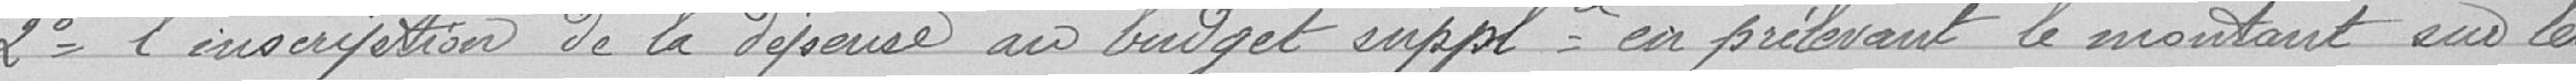
2°- l'inscription de la dépense au budget supplémentaire en prélevant le montant sur les